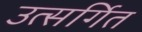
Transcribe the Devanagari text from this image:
उत्सर्गित